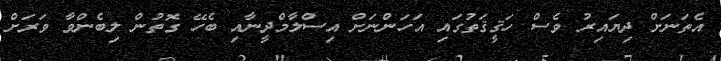
އެތަނަށް ދިޔައިރު ވެސް ހަޤީޤަތުގައި އަހަންނަށް އިސްލާމްދީނާއި ބެހޭ ގޮތުން ލިބެންވާ ވަރަށް